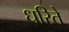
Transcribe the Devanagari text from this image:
धरिते